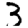
Digit: 3